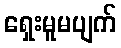
ရှေးမူမပျက်